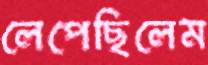
লেপেছিলেম